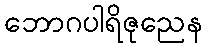
ဘောဂပါရိဇုညေန